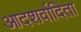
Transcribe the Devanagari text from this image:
आदशर्वादिता